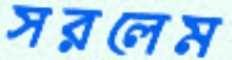
সরলেম